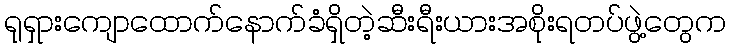
ရုရှားကျောထောက်နောက်ခံရှိတဲ့ဆီးရီးယားအစိုးရတပ်ဖွဲ့တွေက